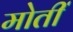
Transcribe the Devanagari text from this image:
मोतीं